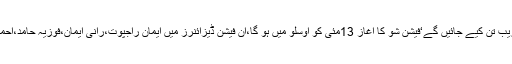
09 مئی2018ء) پاکستان کے نامور فیشن ڈیزائنرز کے ملبوسات ناروے کے فیشن شو میں زیب تن کیے جائیں گے‘فیشن شو کا آغاز 13مئی کو اوسلو میں ہو گا،ان فیشن ڈیزائنرز میں ایمان راجپوت،رانی ایمان،فوزیہ حامد،احمد بلال،حنا رضا اور مریم خالد شامل ہیں جبکہ ببلو بطور ہیئر اور میک اپ آرٹس ساتھ ہونگے۔